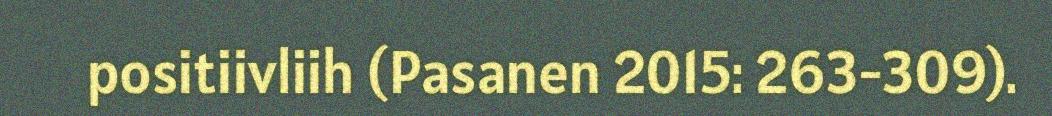
positiivliih (Pasanen 2015: 263-309).